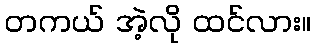
တကယ် အဲ့လို ထင်လား။